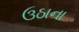
ઉઠાના